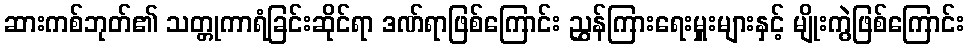
ဆားကစ်ဘုတ်၏ သတ္တုကာရံခြင်းဆိုင်ရာ ဒဏ်ရာဖြစ်ကြောင်း ညွှန်ကြားရေးမှူးများနှင့် မျိုးကွဲဖြစ်ကြောင်း